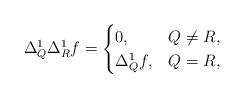
LaTeX: \begin{align*}\Delta^1_Q \Delta^1_R f =\begin{cases}0, & Q \not=R, \\\Delta^1_Q f, & Q=R,\end{cases}\end{align*}